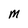
Character: M